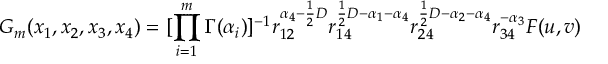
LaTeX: G _ { m } ( x _ { 1 } , x _ { 2 } , x _ { 3 } , x _ { 4 } ) = [ \prod _ { i = 1 } ^ { m } \Gamma ( \alpha _ { i } ) ] ^ { - 1 } r _ { 1 2 } ^ { \alpha _ { 4 } - \frac { 1 } { 2 } D } r _ { 1 4 } ^ { \frac { 1 } { 2 } D - \alpha _ { 1 } - \alpha _ { 4 } } r _ { 2 4 } ^ { \frac { 1 } { 2 } D - \alpha _ { 2 } - \alpha _ { 4 } } r _ { 3 4 } ^ { - \alpha _ { 3 } } F ( u , v )